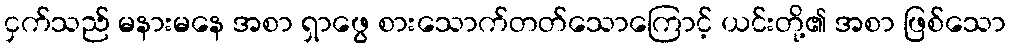
ငှက်သည် မနားမနေ အစာ ရှာဖွေ စားသောက်တတ်သောကြောင့် ယင်းတို့၏ အစာ ဖြစ်သော